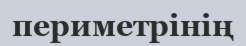
периметрінің